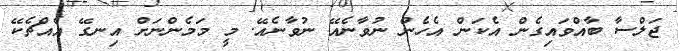
ޖަލްސާ ބާއްވައިގެން އެކަން އެހެން ނުވާނެއޭ ނުވާނެއޭ. މީ މަމެންނަށް އިނގޭ އެއްޗެކޭ